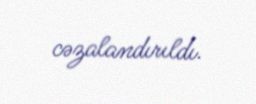
cəzalandırıldı.